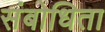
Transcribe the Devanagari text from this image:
संबोधिता